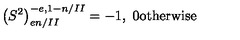
\left( S ^ { 2 } \right) _ { e n / I I } ^ { - e , 1 - n / I I } = - 1 , \ 0 \mathrm { o t h e r w i s e }